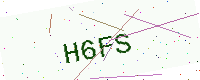
Text: H6FS